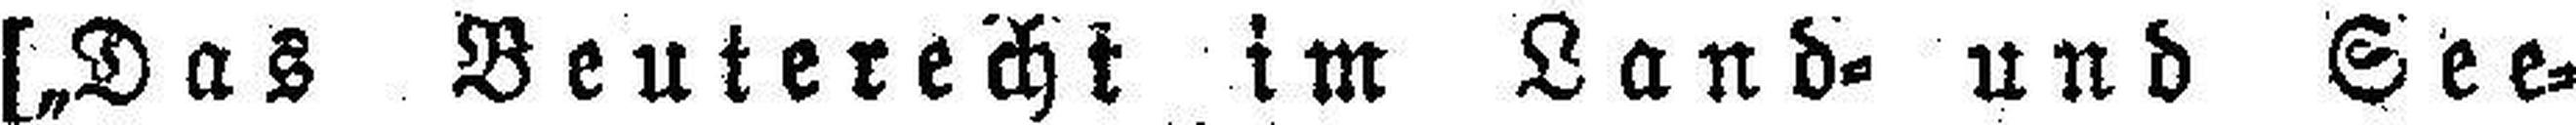
[„Das Beuterecht im Land- und See¬